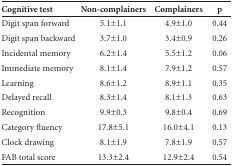
<table><thead><tr><td><b>Cognitive test</b></td><td><b>Non-complainers</b></td><td><b>Complainers</b></td><td><b>p</b></td></tr></thead><tbody><tr><td>Digit span forward</td><td>5.1±1.1</td><td>4.9±1.0</td><td>0.44</td></tr><tr><td>Digit span backward</td><td>3.7±1.0</td><td>3.4±0.9</td><td>0.26</td></tr><tr><td>Incidental memory</td><td>6.2±1.4</td><td>5.5±1.2</td><td>0.06</td></tr><tr><td>Immediate memory</td><td>8.1±1.4</td><td>7.9±1.2</td><td>0.57</td></tr><tr><td>Learning</td><td>8.6±1.2</td><td>8.9±1.1</td><td>0.35</td></tr><tr><td>Delayed recall</td><td>8.3±1.4</td><td>8.1±1.3</td><td>0.63</td></tr><tr><td>Recognition</td><td>9.9±0.3</td><td>9.8±0.4</td><td>0.69</td></tr><tr><td>Category fluency</td><td>17.8±5.1</td><td>16.0±4.1</td><td>0.13</td></tr><tr><td>Clock drawing</td><td>8.1±1.9</td><td>7.8±1.9</td><td>0.57</td></tr><tr><td>FAB total score</td><td>13.3±2.4</td><td>12.9±2.4</td><td>0.54</td></tr></tbody></table>